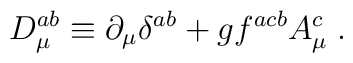
D_{\mu }^{ab}\equiv \partial _{\mu }\delta ^{ab}+gf^{acb}A_{\mu }^{c}\;.